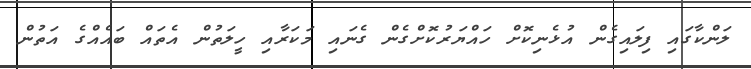
ލަންކާގައި ފިލައިގެން އުޅެނިކޮށް ހައްޔަރުކޮށްގެން ގެނައި މަކަރާއި ހީލަތުން އެތައް ބައެއްގެ އަތުން